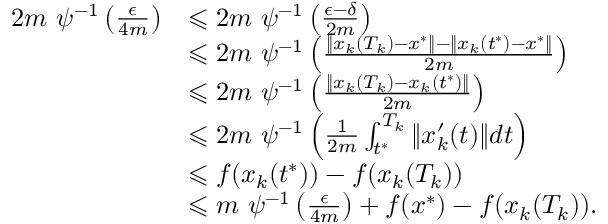
\begin{array} { r l } { 2 m ~ \psi ^ { - 1 } \left( \frac { \epsilon } { 4 m } \right) } & { \leqslant 2 m ~ \psi ^ { - 1 } \left( \frac { \epsilon - \delta } { 2 m } \right) } \\ & { \leqslant 2 m ~ \psi ^ { - 1 } \left( \frac { \| x _ { k } ( T _ { k } ) - x ^ { * } \| - \| x _ { k } ( t ^ { * } ) - x ^ { * } \| } { 2 m } \right) } \\ & { \leqslant 2 m ~ \psi ^ { - 1 } \left( \frac { \| x _ { k } ( T _ { k } ) - x _ { k } ( t ^ { * } ) \| } { 2 m } \right) } \\ & { \leqslant 2 m ~ \psi ^ { - 1 } \left( \frac { 1 } { 2 m } \int _ { t ^ { * } } ^ { T _ { k } } \| x _ { k } ^ { \prime } ( t ) \| d t \right) } \\ & { \leqslant f ( x _ { k } ( t ^ { * } ) ) - f ( x _ { k } ( T _ { k } ) ) } \\ & { \leqslant m ~ \psi ^ { - 1 } \left( \frac { \epsilon } { 4 m } \right) + f ( x ^ { * } ) - f ( x _ { k } ( T _ { k } ) ) . } \end{array}